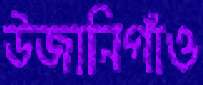
উজানিগাঁও